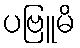
ပဗြူမိ